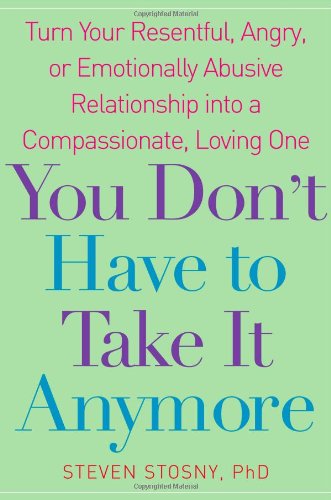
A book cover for You Don't Have to Take it Anymore: Turn Your Resentful, Angry, or Emotionally Abusive Relationship into a Compassionate, Loving One; Steven Stosny; Self-Help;